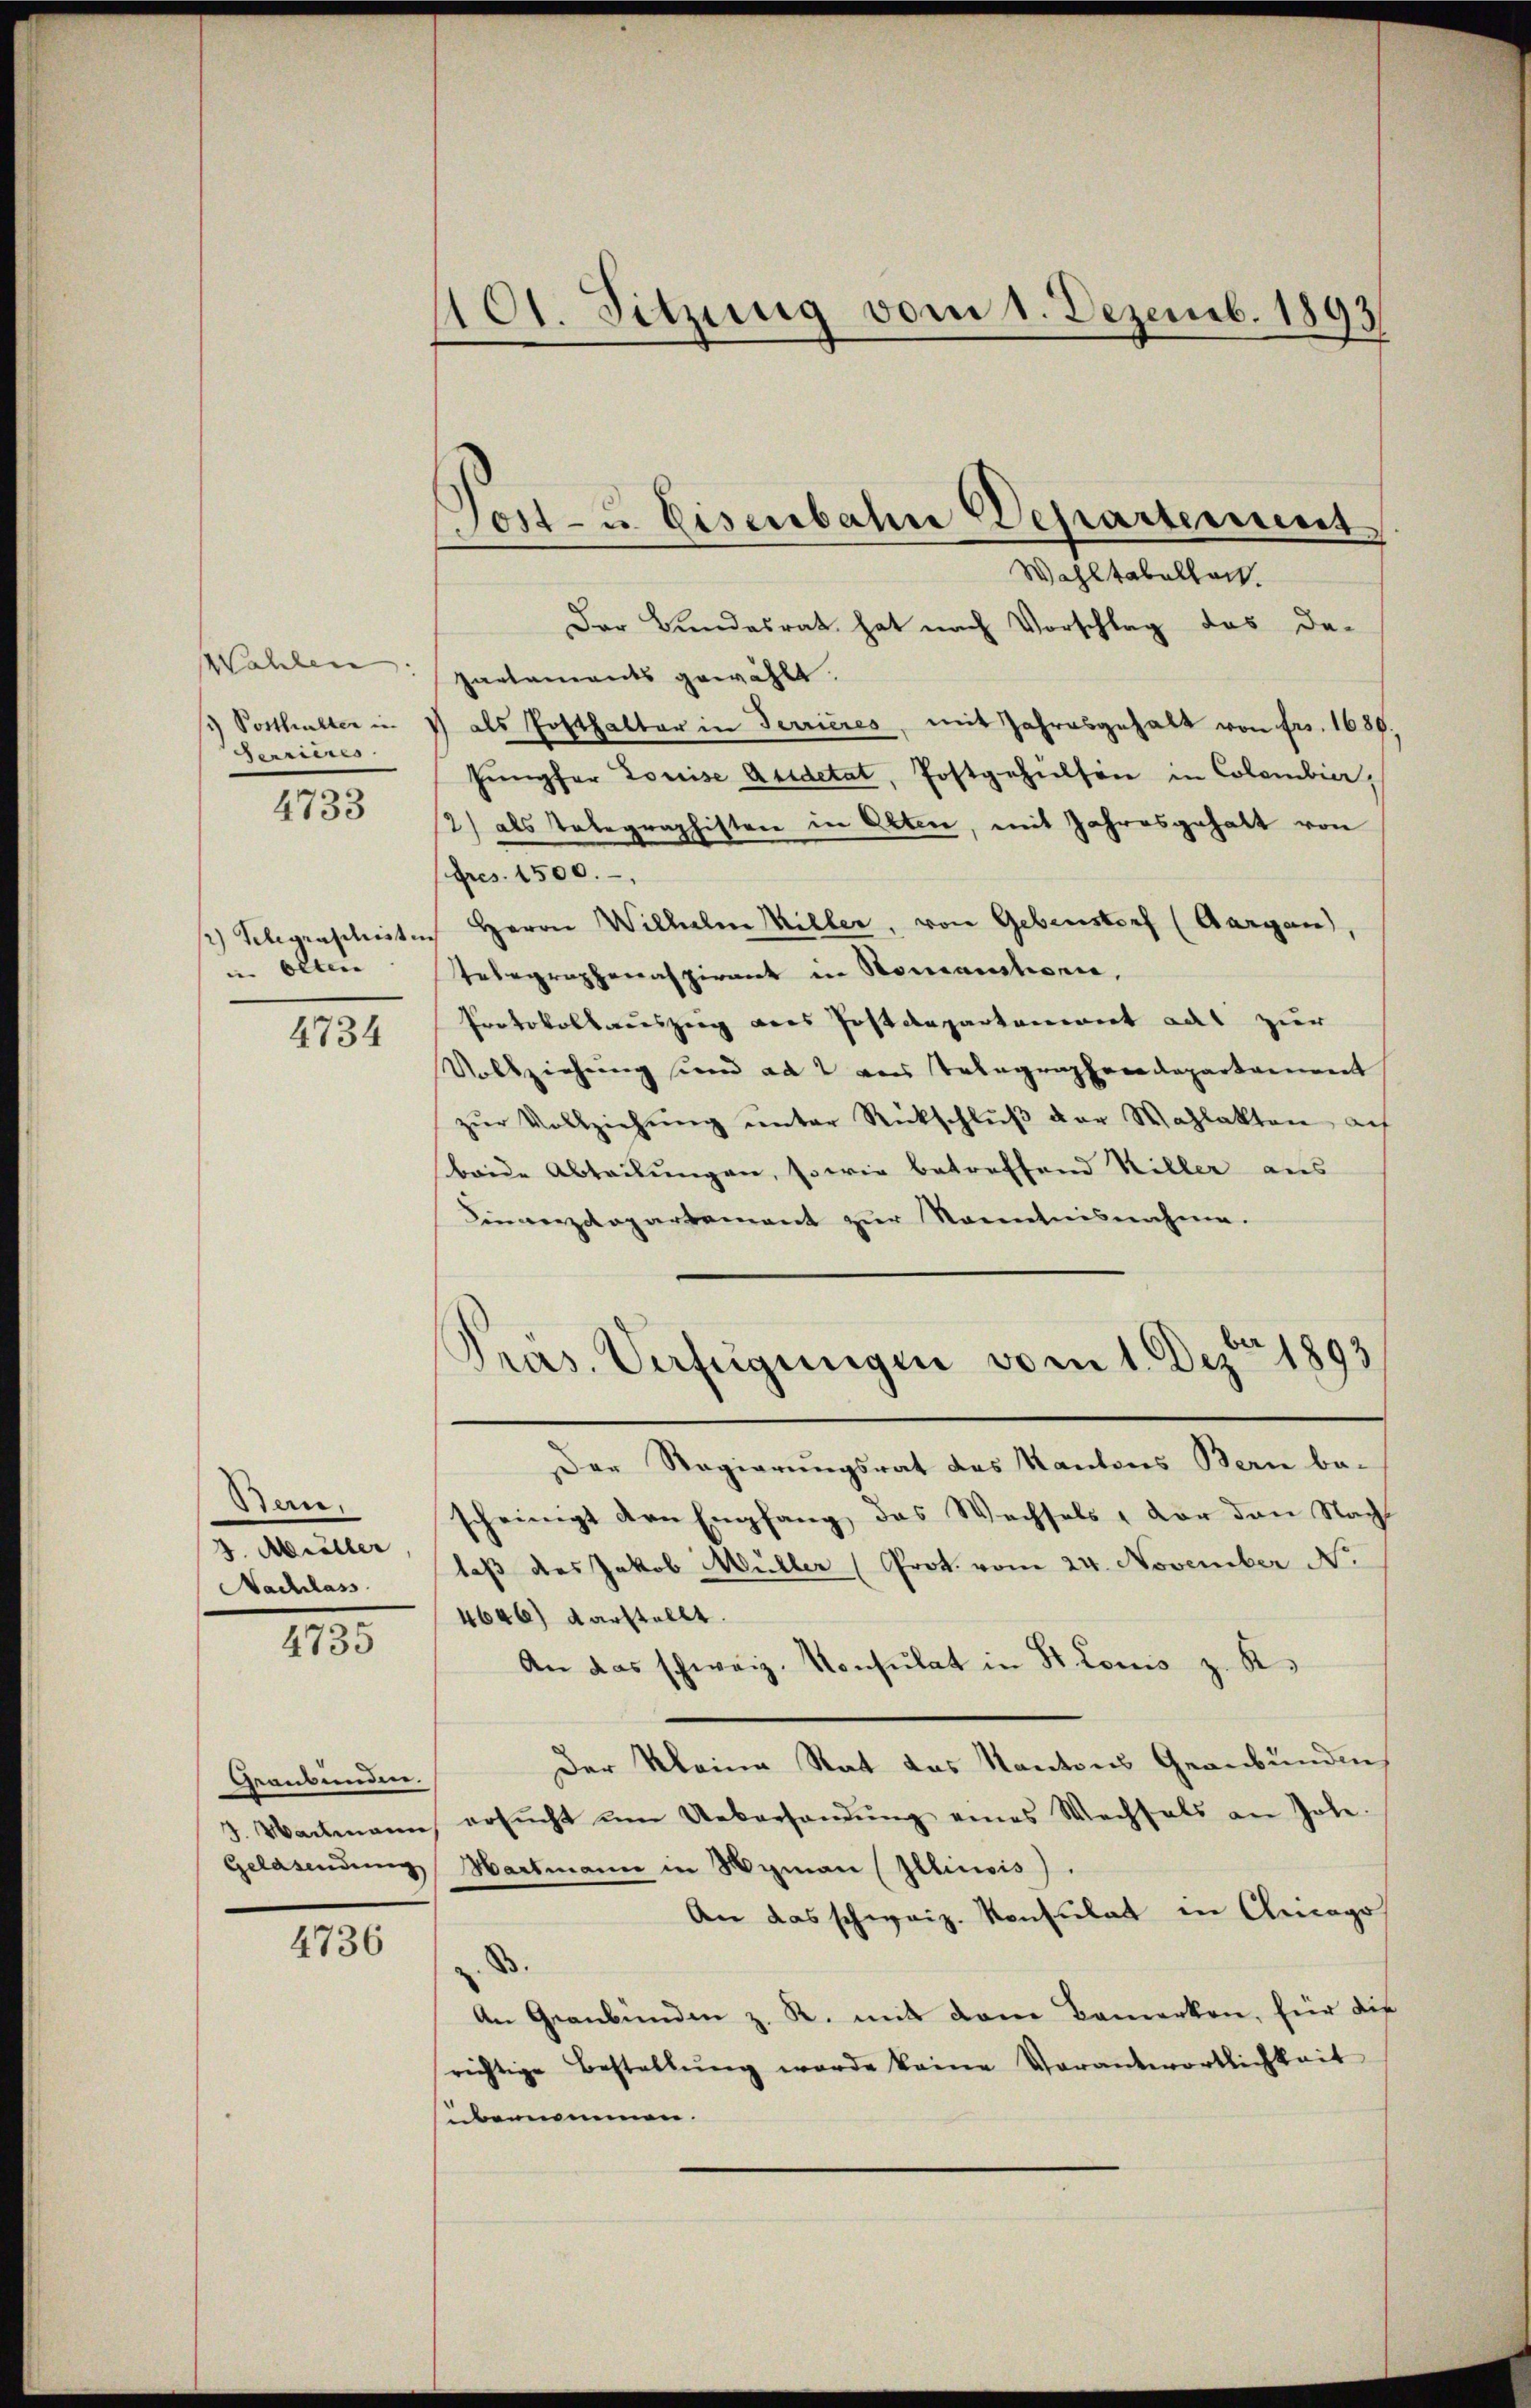
Wahlen: |
/ Posthalter in
Perrieres
4733

2) Telegrasilisten
u Olten
4734

Ban.
3. Apriller
Nachlass

4735

Geanbunden.
Gelasendung

4736

101. Sitzung vom 1. Dezemb. 1893/

Wohltabelhart.

Post- u. Eisenbahn Departement,

Der Bundesrat hat nach Vorschlag das De-
partements gewählt.
als Posthalter in Terrieres, mit Jahresgehalt von Fr. 1680.
Jungfer Louise Ausdetat, Postgehülfen in Colombier,
2) als Tabegraphisten in Olten, mit Jahresgehalt von
Fres. 1500.
Herrn Wilhelm Willer, von Gebenstorf (Aargau),
Telegraphenaspirant in Nomantionie,
Protokollauszeig des Postdepartement acht zur
Vollziehung und ad 2 von Telegraphendepartament
zŭr Vollziehŭng ŭnter Rückschlŭβ der Wahlakten auf
beide Abteilungen, sowie betreffend Willer aus
Cinverzdepartement zur Kenntnisnahme.
Präs. Verfügungen vom 1. Dezbr. 1893

Der Regierungsrat des Kantons Bern bescheinigt den Empfang, das Wechsels, vor den Nacht
laß des Jakob Müller (Prot. vom 24. November No.
4646) darstellt.
An das schweiz. Konsulat in St. Louis z. B.
Der Kleine Rat das Kantons Gernbundens
3. Wartmann ersŭcht ŭm Uebersandŭng eines Wechsels an Johe.
Hartmann in Wyman Illinois).
An das schweiz. Konsulat in Chicago
B.
An Graubünden z. R. mit dem Bemerken, für die
richtige Bestellŭng werde keine Verantwortlichkeit
ubernommen.